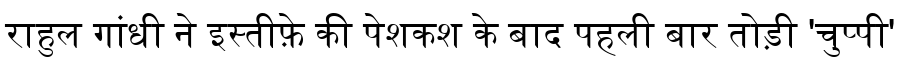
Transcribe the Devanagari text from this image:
राहुल गांधी ने इस्तीफ़े की पेशकश के बाद पहली बार तोड़ी 'चुप्पी'